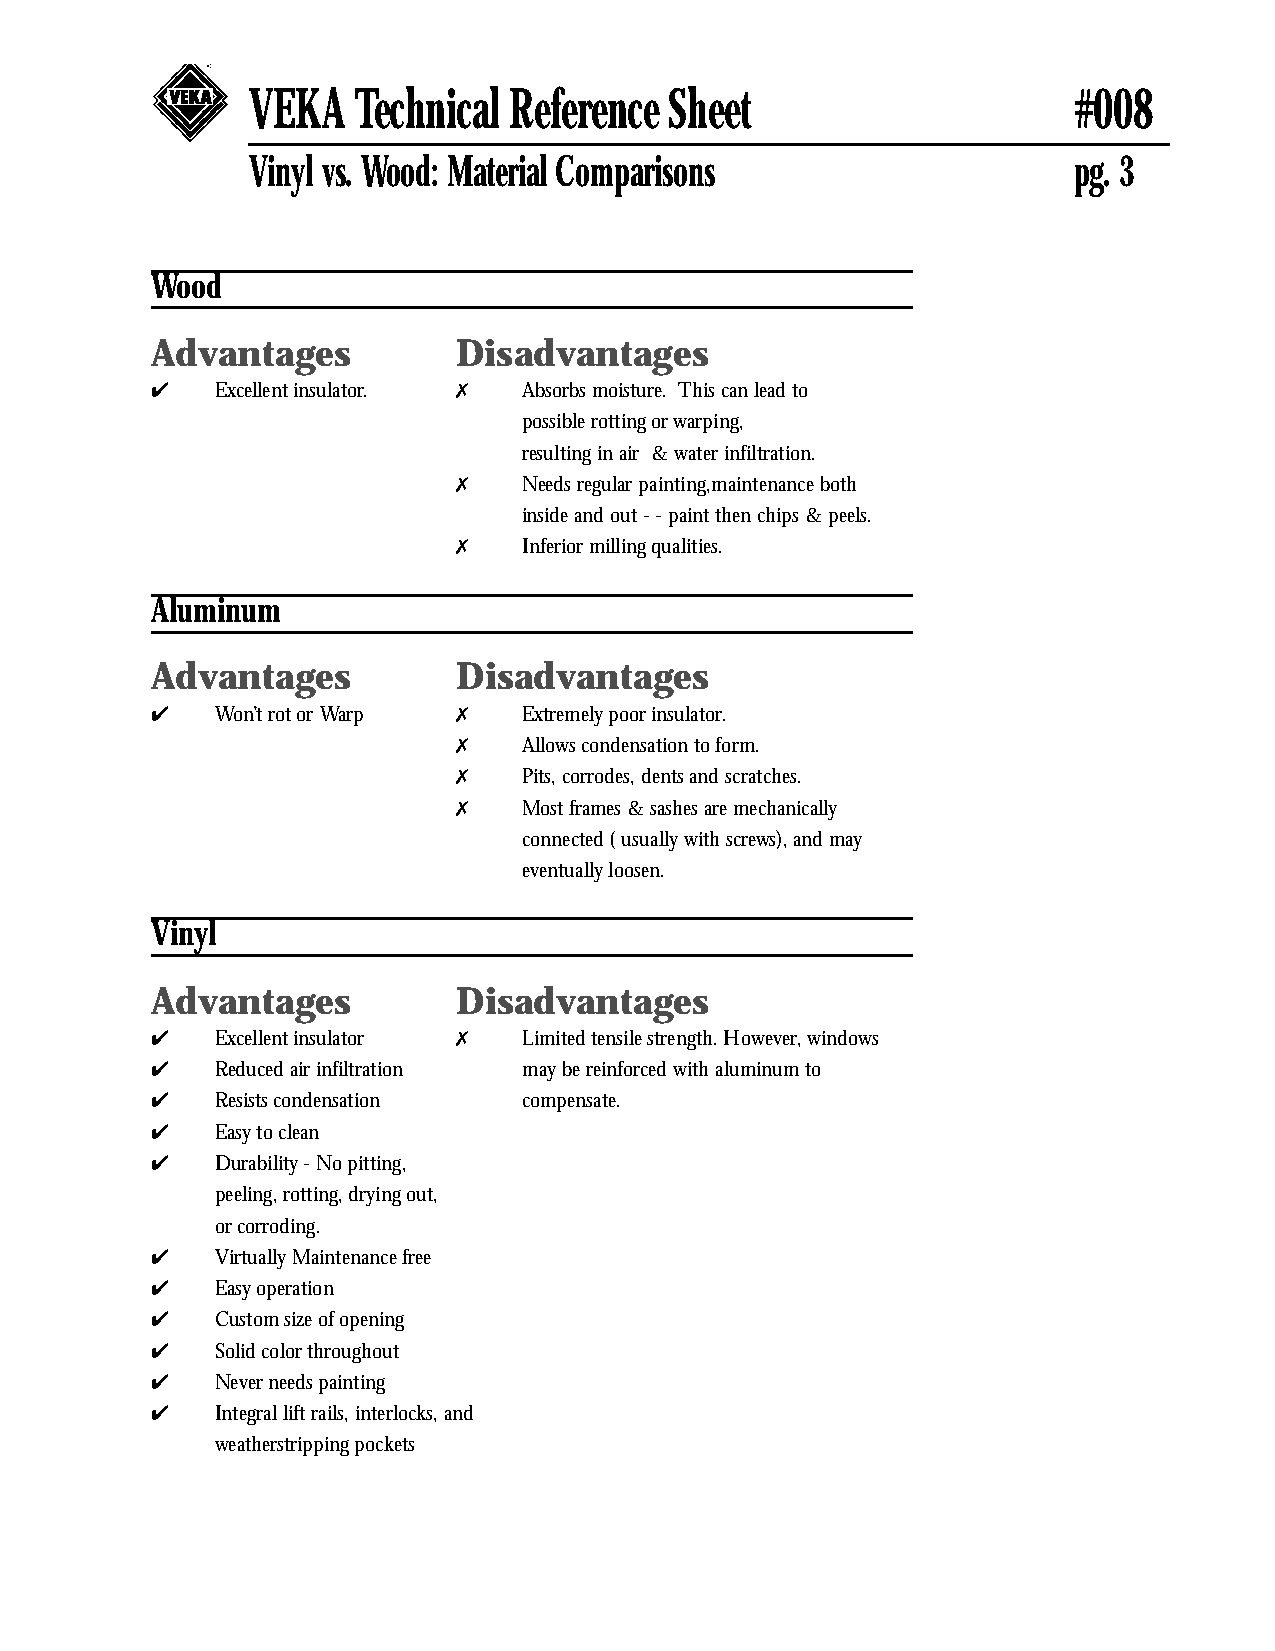
VEKA   Technical  Reference Sheet                      #008
 Vinyl vs. Wood: Material Comparisons                   pg. 3
 Wood
 Advantages          Disadvantages
 4   Excellent insulator. 7 Absorbs moisture. This can lead to
 possible rotting or warping,
 resulting in air & water infiltration.
 7    Needs regular painting,maintenance both
 inside and out - - paint then chips & peels.
 7    Inferior milling qualities.
 Aluminum
 Advantages          Disadvantages
 4   Won’t rot or Warp 7  Extremely poor insulator.
 7    Allows condensation to form.
 7    Pits, corrodes, dents and scratches.
 7    Most frames & sashes are mechanically
 connected ( usually with screws), and may
 eventually loosen.
 Vinyl
 Advantages          Disadvantages
 4   Excellent insulator 7 Limited tensile strength. However, windows
 4   Reduced air infiltration may be reinforced with aluminum to
 4   Resists condensation compensate.
 4   Easy to clean
 4   Durability - No pitting,
 peeling, rotting, drying out,
 or corroding.
 4   Virtually Maintenance free
 4   Easy operation
 4   Custom size of opening
 4   Solid color throughout
 4   Never needs painting
 4   Integral lift rails, interlocks, and
 weatherstripping pockets